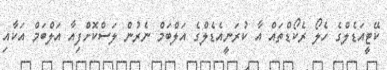
ކޭޓީއަޑެލްގެ ހެލޯ ރެކޯޑްތައް އާ ކުރަނީއެޑެލްގެ އަލްބަމް ނެރުން ލަސްކޮށްފިއާ އަލްބަމް އަކާއި